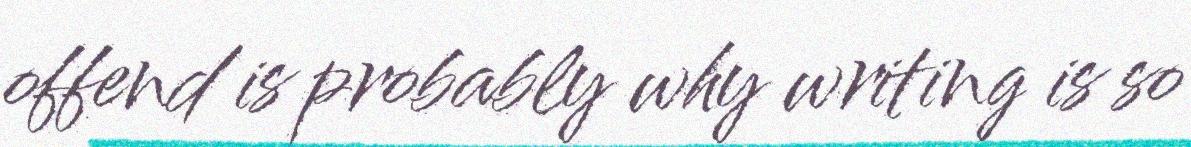
offend is probably why writing is so